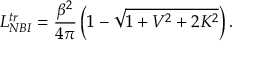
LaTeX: L _ { N B I } ^ { t r } = \frac { \beta ^ { 2 } } { 4 \pi } \left( 1 - \sqrt { 1 + V ^ { 2 } + 2 K ^ { 2 } } \right) .